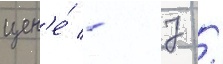
цен'е́ - 7 /